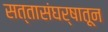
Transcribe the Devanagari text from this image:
सत्तासंघर्षातून